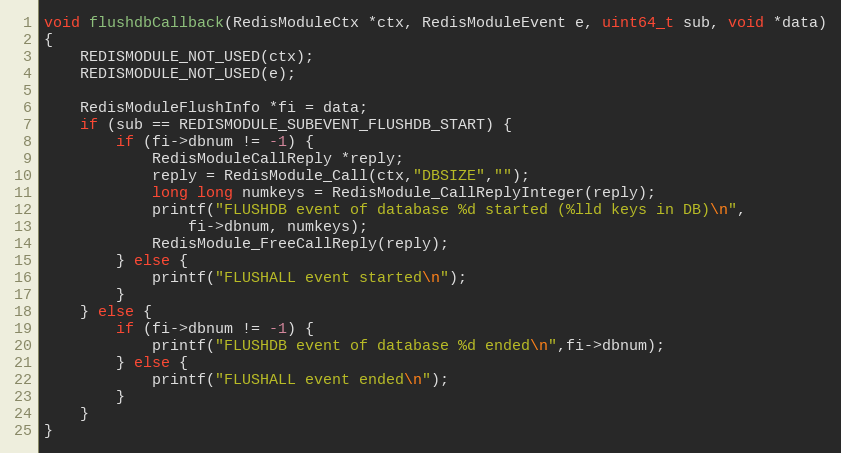
Language: C
void flushdbCallback(RedisModuleCtx *ctx, RedisModuleEvent e, uint64_t sub, void *data)
{
    REDISMODULE_NOT_USED(ctx);
    REDISMODULE_NOT_USED(e);

    RedisModuleFlushInfo *fi = data;
    if (sub == REDISMODULE_SUBEVENT_FLUSHDB_START) {
        if (fi->dbnum != -1) {
            RedisModuleCallReply *reply;
            reply = RedisModule_Call(ctx,"DBSIZE","");
            long long numkeys = RedisModule_CallReplyInteger(reply);
            printf("FLUSHDB event of database %d started (%lld keys in DB)\n",
                fi->dbnum, numkeys);
            RedisModule_FreeCallReply(reply);
        } else {
            printf("FLUSHALL event started\n");
        }
    } else {
        if (fi->dbnum != -1) {
            printf("FLUSHDB event of database %d ended\n",fi->dbnum);
        } else {
            printf("FLUSHALL event ended\n");
        }
    }
}